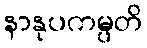
နာနုပကမ္ပတိ